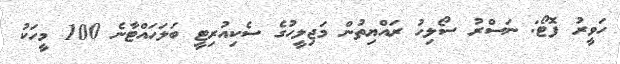
ހަވީރު ފޮޓޯ: ނަސްރު ސޯލިހު ރައްޔިތުން މަޖިލީހުގެ ސެކިއުރިޓީ ބަލަހައްޓާނެ 100 މީހަކު